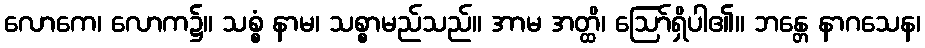
လောကေ၊ လောက၌။ သစ္စံ နာမ၊ သစ္စာမည်သည်။ အာမ အတ္ထိ၊ ဩော်ရှိပါ၏။ ဘန္တေ နာဂသေန၊